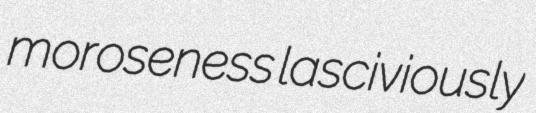
moroseness lasciviously